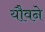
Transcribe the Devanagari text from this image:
यौवने